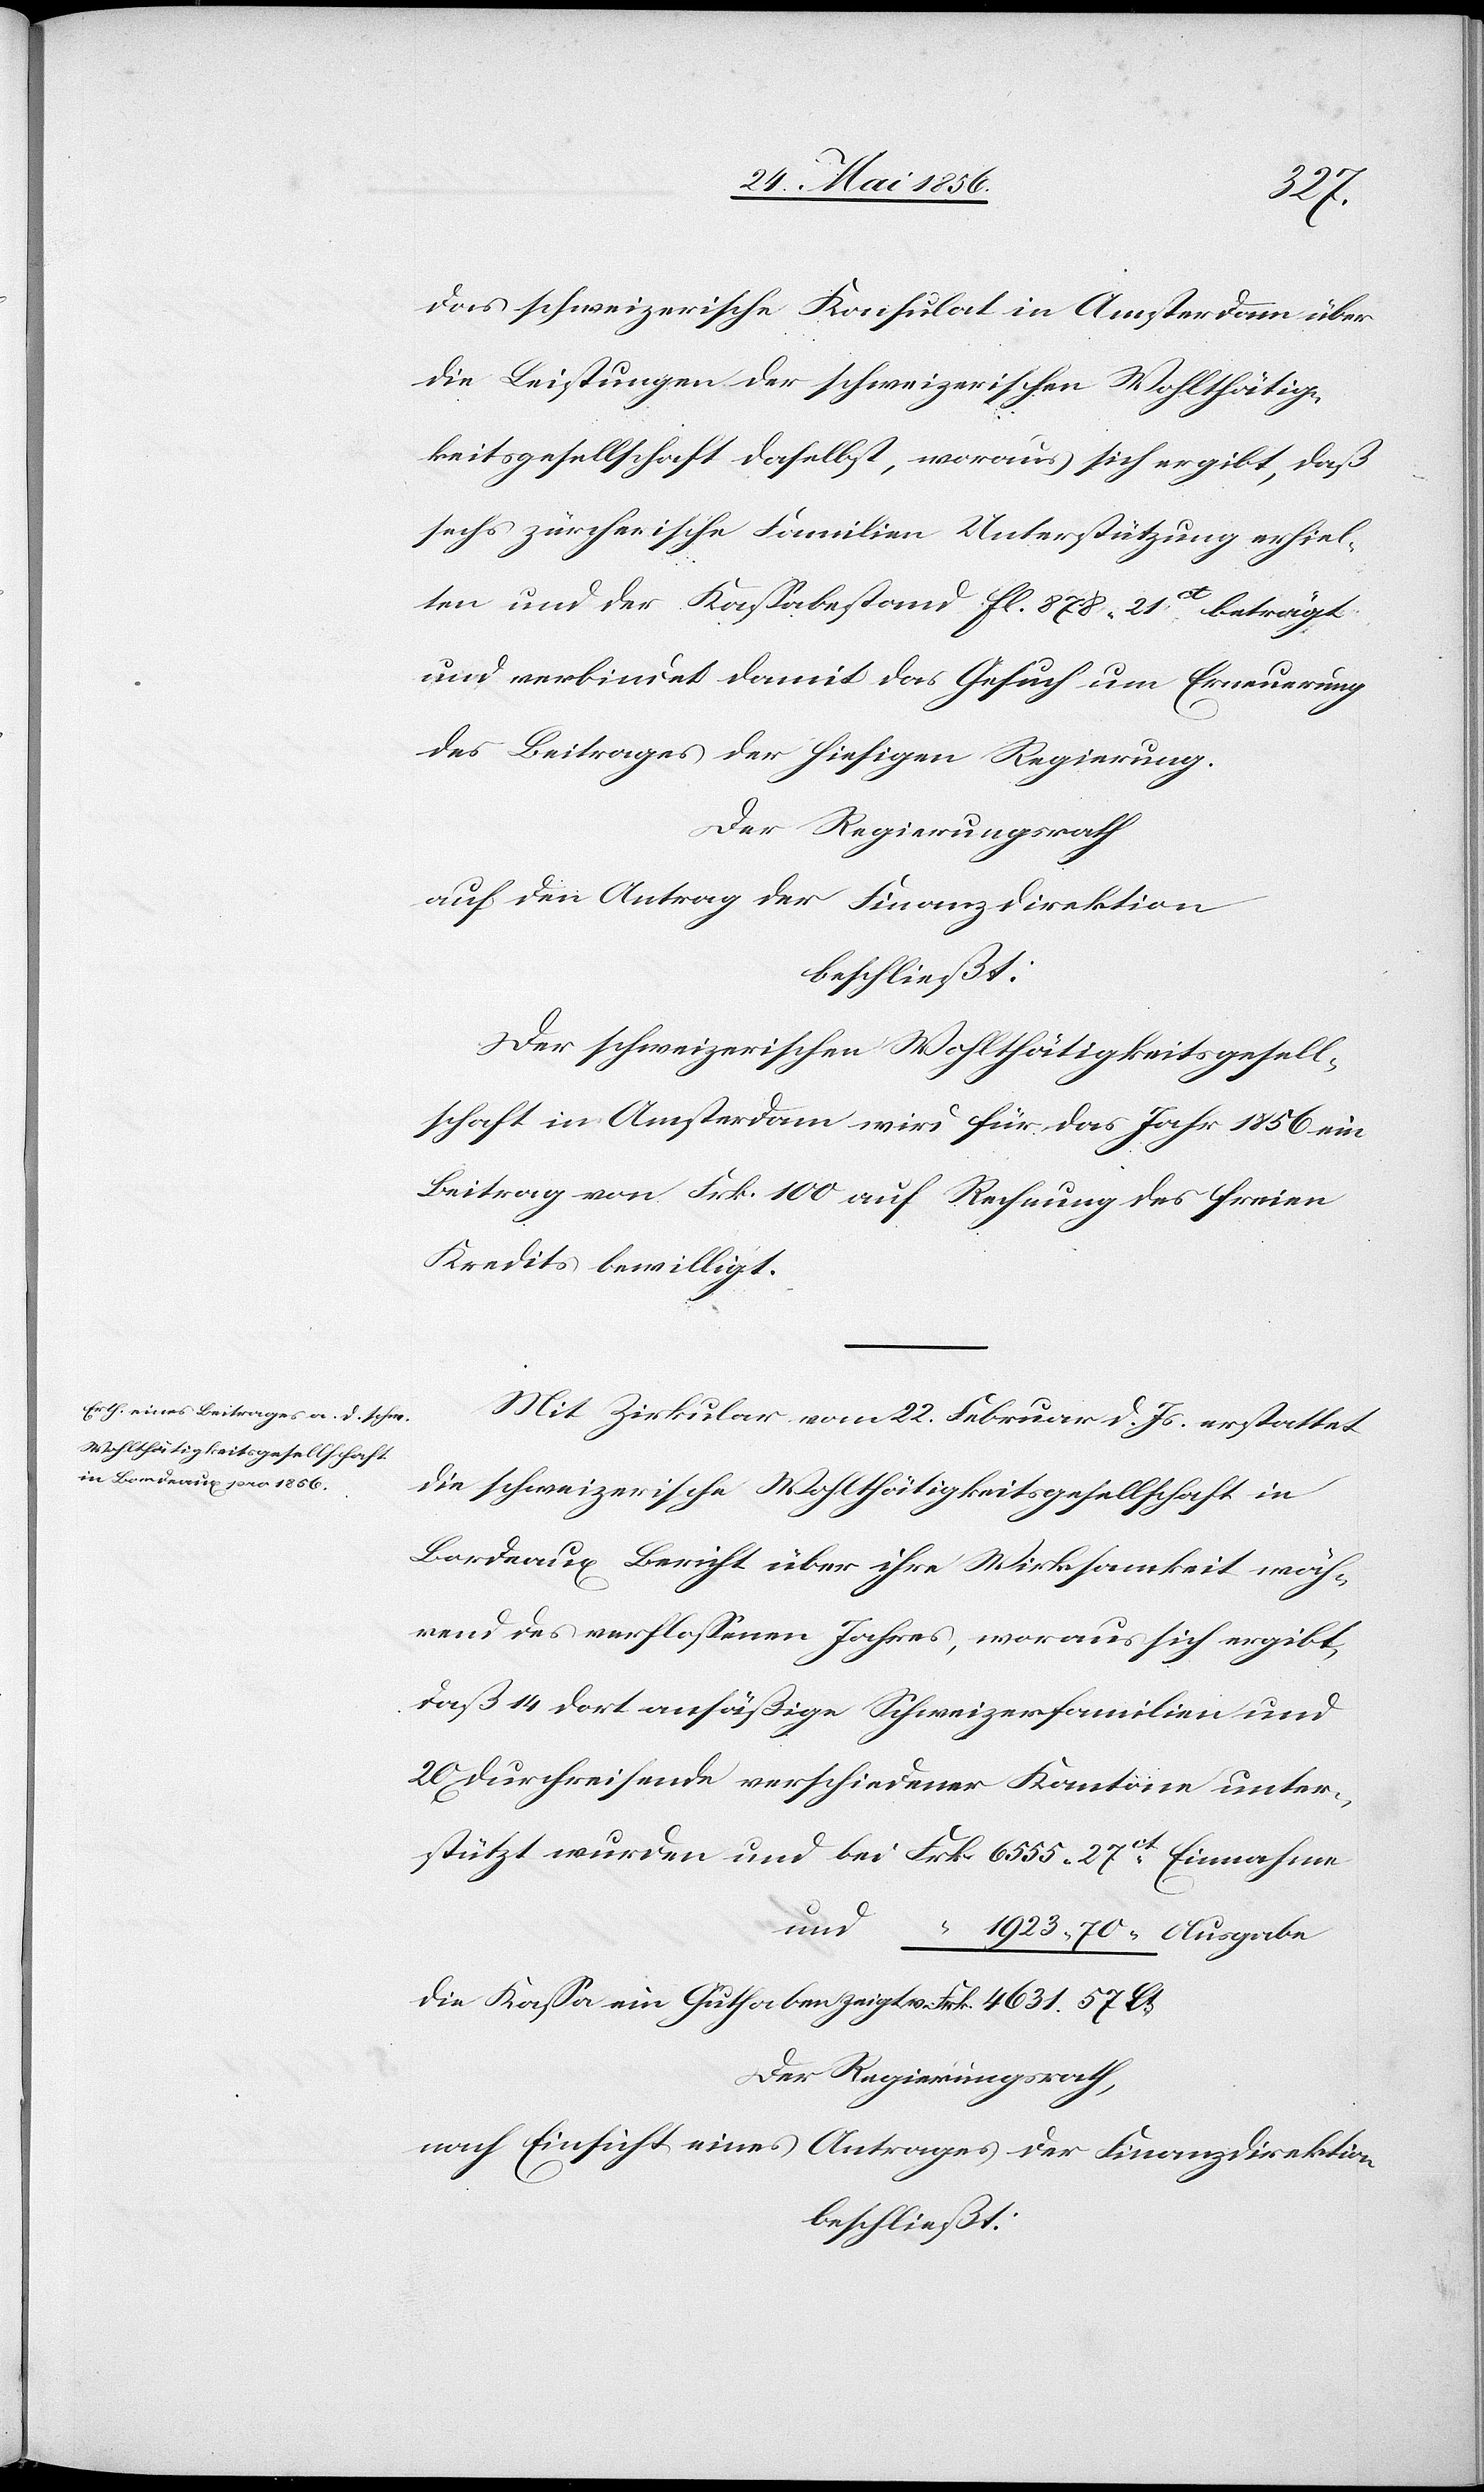
27ct
das schweizerische Konsulat in Amsterdam über
die Leistungen der schweizerischen Wohlthätig¬
keitsgesellschaft daselbst, woraus sich ergibt, daß
sechs zürcherische Familien Unterstützung erhiel¬
ten und der Kassabestand fl. 878. 21ct beträgt
und verbindet damit das Gesuch um Erneuerung
des Beitrages der hiesigen Regierung.
Der Regierungsrath
auf den Antrag der Finanzdirektion
beschließt:
Der schweizerischen Wohlthätigkeitsgesell¬
schaft in Amsterdam wird für das Jahr 1856 ein
Beitrag von Frk. 100 auf Rechnung des freien
Kredits bewilligt.
Mit Zirkular vom 22. Februar d. Js. erstattet
die schweizerische Wohlthätigkeitsgesellschaft in
Bordeaux Bericht über ihre Wirksamkeit wäh¬
rend des verflossenen Jahres, woraus sich ergibt,
daß 14 dort ansäßige Schweizerfamilien und
20 Durchreisende verschiedener Kantone unter¬
und
“ 1923. 70 “ Ausgabe
die Kassa ein Guthaben zeigt v. Frk. 4631. 57 Ct
Der Regierungsrath,
nach Einsicht eines Antrages der Finanzdirektion
beschließt: